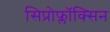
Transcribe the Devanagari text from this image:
सिप्रोफ्लॉक्सिन